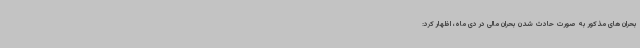
بحران های مذکور به صورت حادث شدن بحران مالی در دی ماه، اظهار کرد: